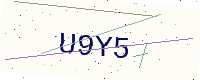
Text: U9Y5